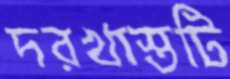
দরখাস্তটি